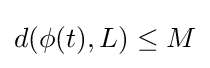
d(\phi (t),L)\leq M